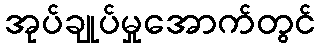
အုပ်ချုပ်မှုအောက်တွင်